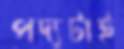
পদ্যটাই